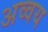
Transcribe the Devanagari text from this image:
अव्वय